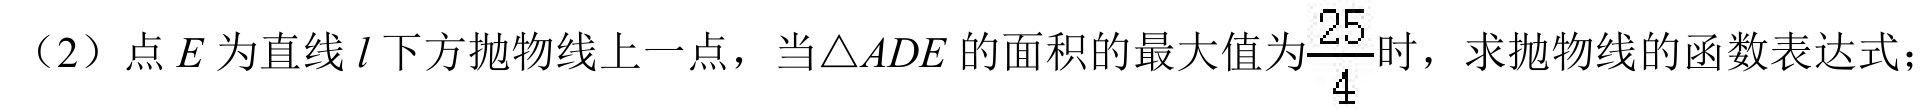
（2）点\(E\)为直线\(l\)下方抛物线上一点，当\(\triangle ADE\)的面积的最大值为\(\frac{25}{4}\)时，求抛物线的函数表达式；